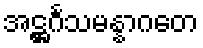
အဋ္ဌင်္ဂသမန္နာဂတေ